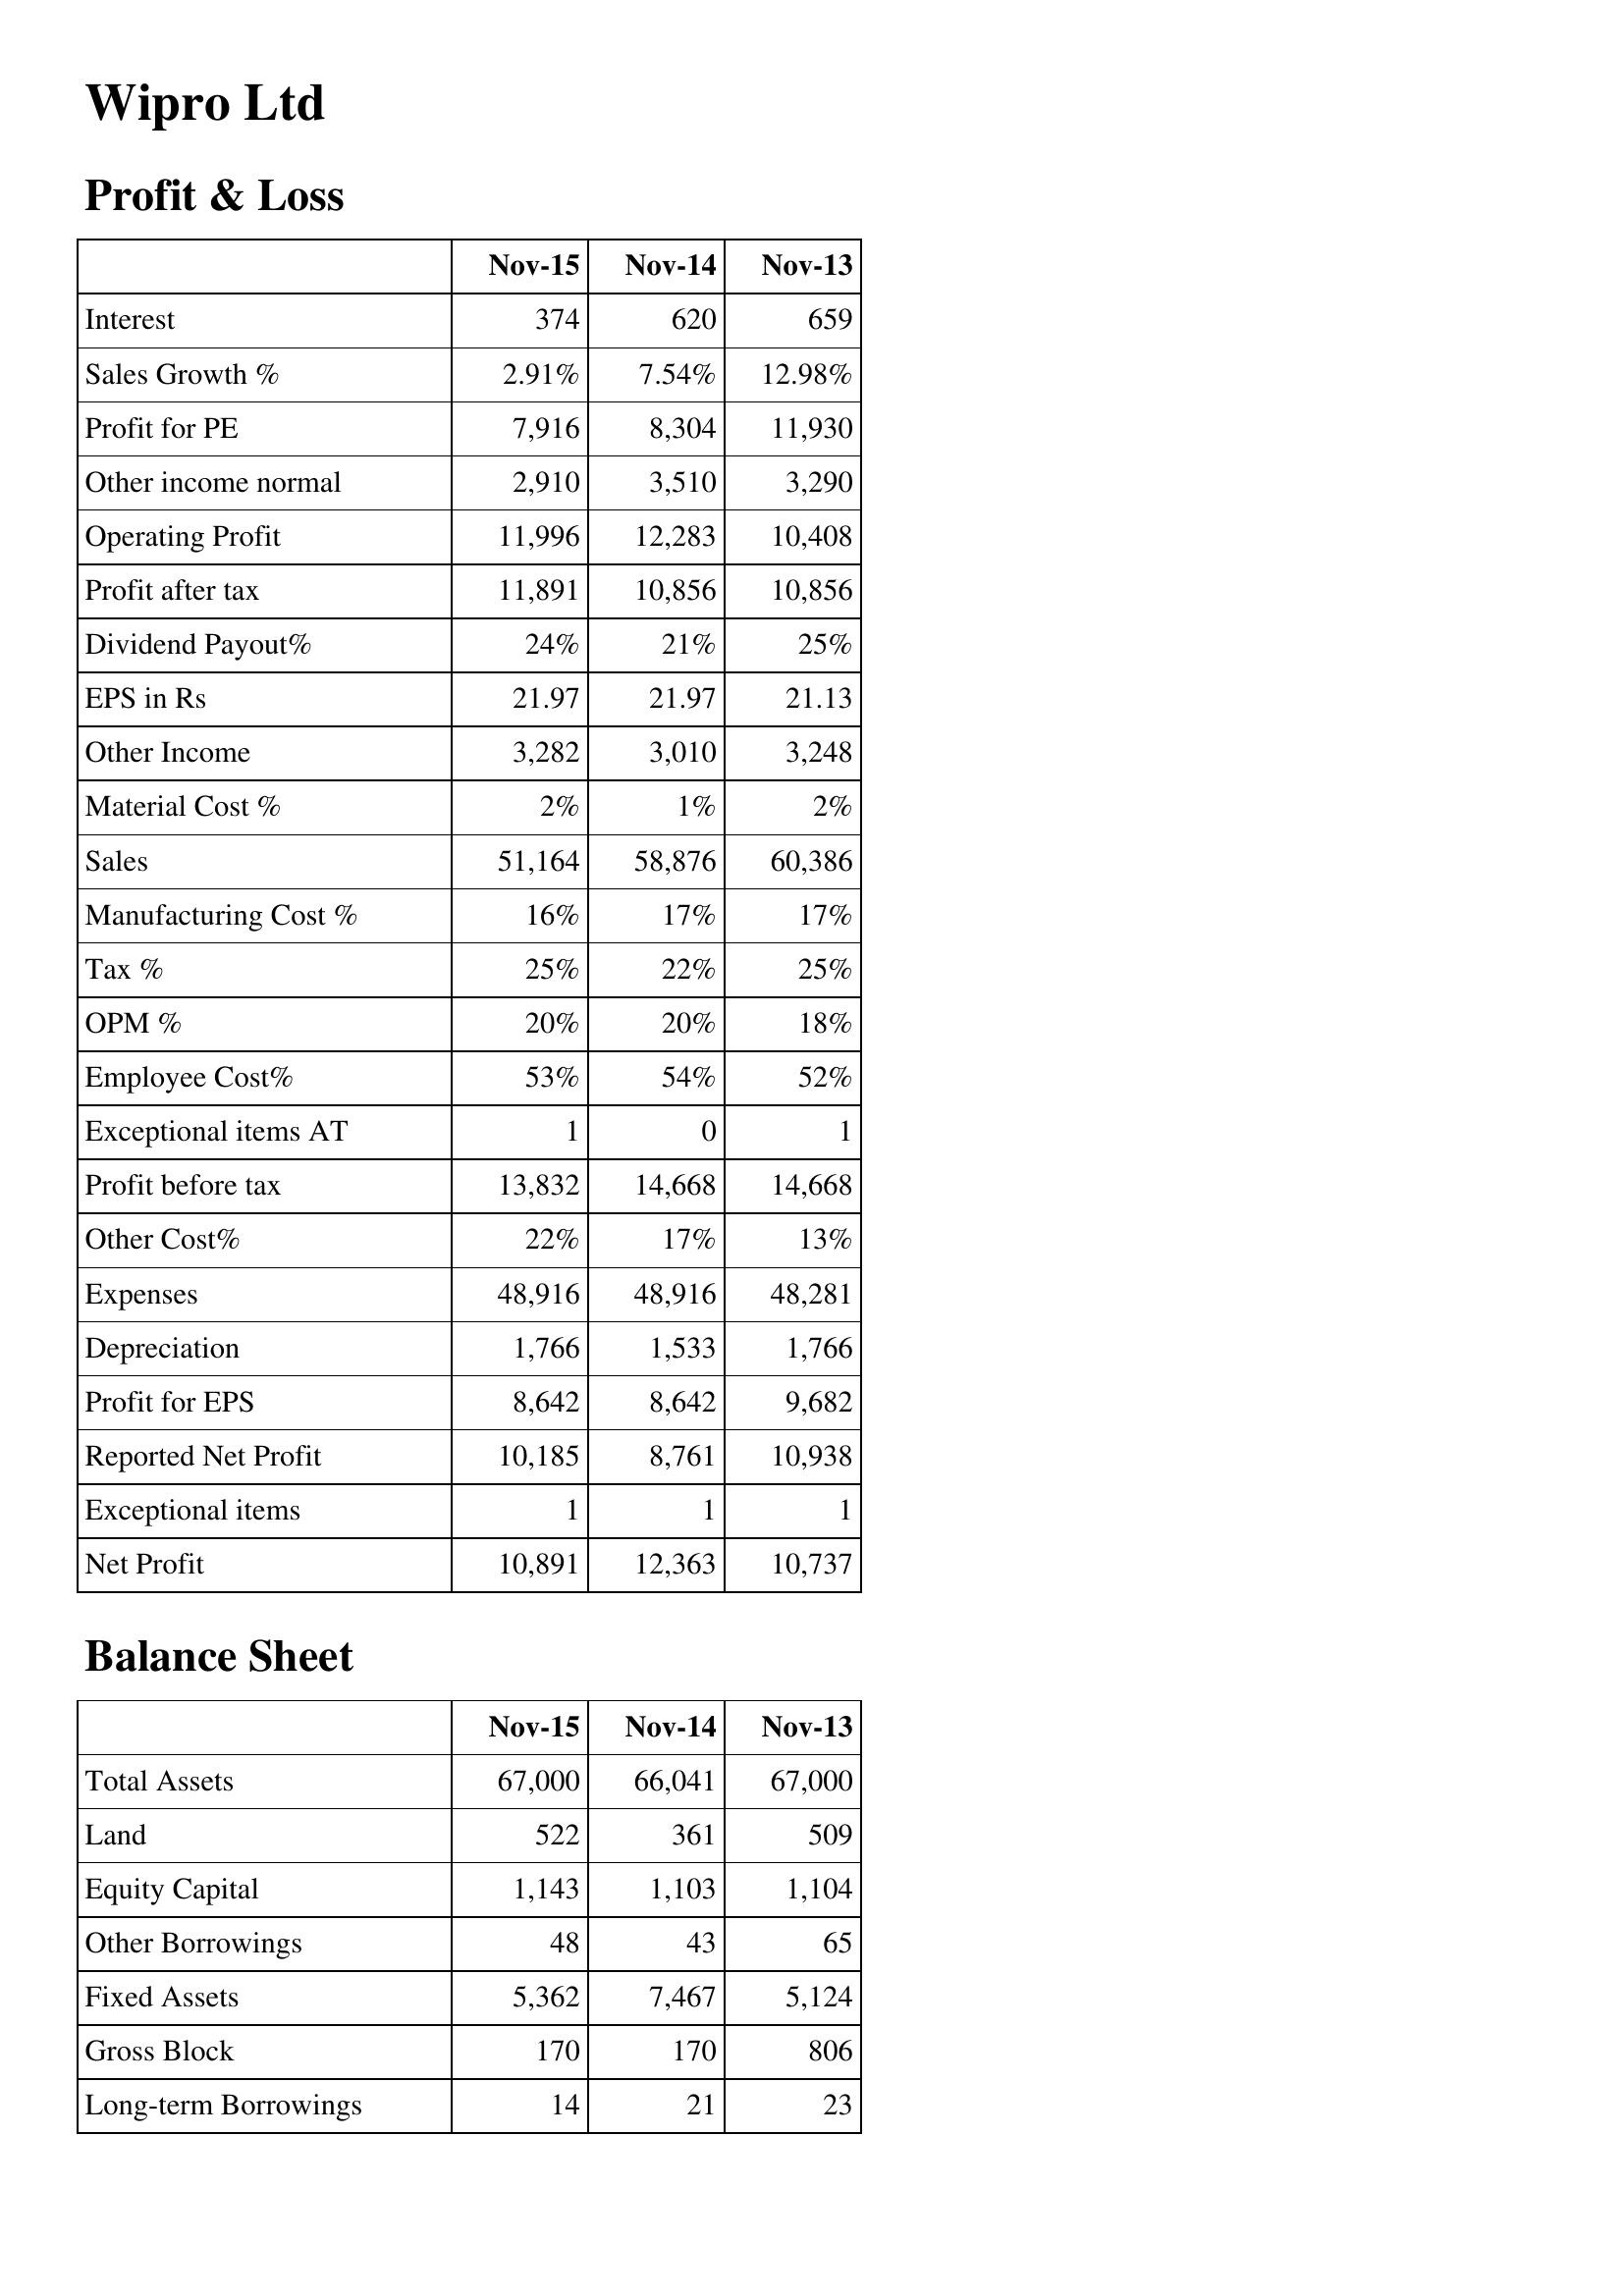
Nov-15: Profit & Loss: Interest: 374
Sales Growth %: 2.91%
Profit for PE: 7,916
Other income normal: 2,910
Operating Profit: 11,996
Profit after tax: 11,891
Dividend Payout%: 24%
EPS in Rs: 21.97
Other Income: 3,282
Material Cost %: 2%
Sales: 51,164
Manufacturing Cost %: 16%
Tax %: 25%
OPM %: 20%
Employee Cost%: 53%
Exceptional items AT: 1
Profit before tax: 13,832
Other Cost%: 22%
Expenses: 48,916
Depreciation: 1,766
Profit for EPS: 8,642
Reported Net Profit: 10,185
Exceptional items: 1
Net Profit: 10,891
Balance Sheet: Total Assets: 67,000
Land: 522
Equity Capital: 1,143
Other Borrowings: 48
Fixed Assets: 5,362
Gross Block: 170
Long-term Borrowings: 14
Nov-14: Profit & Loss: Interest: 620
Sales Growth %: 7.54%
Profit for PE: 8,304
Other income normal: 3,510
Operating Profit: 12,283
Profit after tax: 10,856
Dividend Payout%: 21%
EPS in Rs: 21.97
Other Income: 3,010
Material Cost %: 1%
Sales: 58,876
Manufacturing Cost %: 17%
Tax %: 22%
OPM %: 20%
Employee Cost%: 54%
Exceptional items AT: 0
Profit before tax: 14,668
Other Cost%: 17%
Expenses: 48,916
Depreciation: 1,533
Profit for EPS: 8,642
Reported Net Profit: 8,761
Exceptional items: 1
Net Profit: 12,363
Balance Sheet: Total Assets: 66,041
Land: 361
Equity Capital: 1,103
Other Borrowings: 43
Fixed Assets: 7,467
Gross Block: 170
Long-term Borrowings: 21
Nov-13: Profit & Loss: Interest: 659
Sales Growth %: 12.98%
Profit for PE: 11,930
Other income normal: 3,290
Operating Profit: 10,408
Profit after tax: 10,856
Dividend Payout%: 25%
EPS in Rs: 21.13
Other Income: 3,248
Material Cost %: 2%
Sales: 60,386
Manufacturing Cost %: 17%
Tax %: 25%
OPM %: 18%
Employee Cost%: 52%
Exceptional items AT: 1
Profit before tax: 14,668
Other Cost%: 13%
Expenses: 48,281
Depreciation: 1,766
Profit for EPS: 9,682
Reported Net Profit: 10,938
Exceptional items: 1
Net Profit: 10,737
Balance Sheet: Total Assets: 67,000
Land: 509
Equity Capital: 1,104
Other Borrowings: 65
Fixed Assets: 5,124
Gross Block: 806
Long-term Borrowings: 23